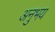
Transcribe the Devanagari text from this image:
अनुभय